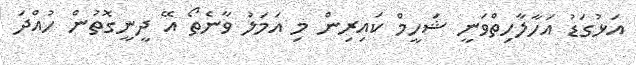
އަޅުގަޑު އަހާލާހިތްވަނީ ޝަހީމް ކައިރިން މި އަމަލު ވާނެތޯ އޭ ދީނީގޮތުން ހުއްދަ